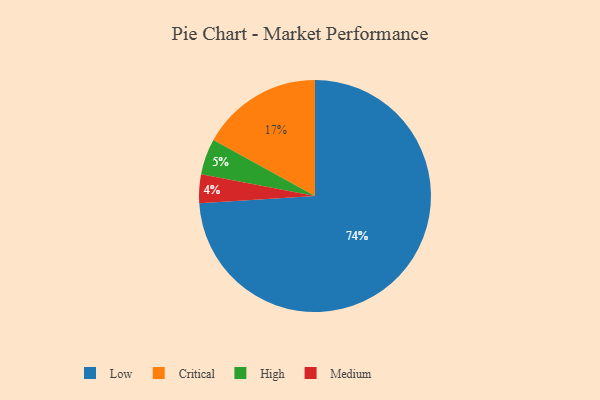
{"axis": {"x": "Category", "y": "Percentage"}, "legend": ["Critical", "High", "Low", "Medium"], "data": [{"x": "Medium", "y": 4, "type": "Medium"}, {"x": "High", "y": 5, "type": "High"}, {"x": "Low", "y": 74, "type": "Low"}, {"x": "Critical", "y": 17, "type": "Critical"}]}